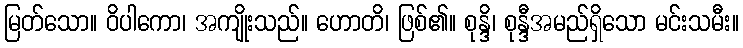
မြတ်သော။ ဝိပါကော၊ အကျိုးသည်။ ဟောတိ၊ ဖြစ်၏။ စုန္ဒိ၊ စုန္ဒီအမည်ရှိသော မင်းသမီး။